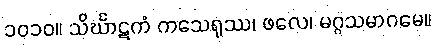
၁၀၁၀။ သိင်္ဃာဋကံ ကသေရုဿ၊ ဖလေ၊ မဂ္ဂသမာဂမေ။